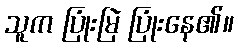
သူက ပြုံးမြဲ ပြုံးနေ၏။